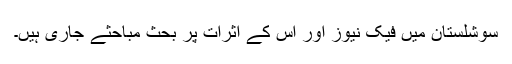
سوشلستان میں فیک نیوز اور اس کے اثرات پر بحث مباحثے جاری ہیں۔